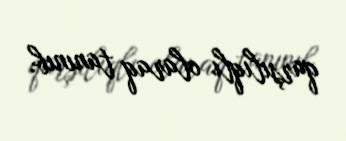
qarşılıqlı olaraq tanınıb.